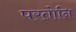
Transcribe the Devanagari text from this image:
परतोनि